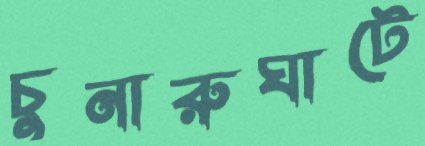
চুনারুঘাটে